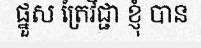
ផ្នួស ត្រៃវិជ្ជា ខ្ញុំ បាន